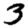
Digit: 3